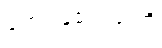
ဖောင်ဒေးရှင်းကို